Source: Handwritten
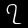
Digit: ၇ (7)